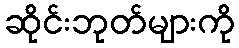
ဆိုင်းဘုတ်များကို